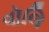
વૉલિ